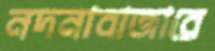
নদনাবাজারে